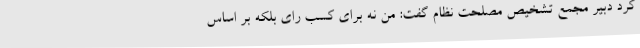
کرد دبیر مجمع تشخیص مصلحت نظام گفت: من نه برای کسب رای بلکه بر اساس